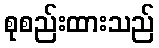
စုစည်းထားသည်